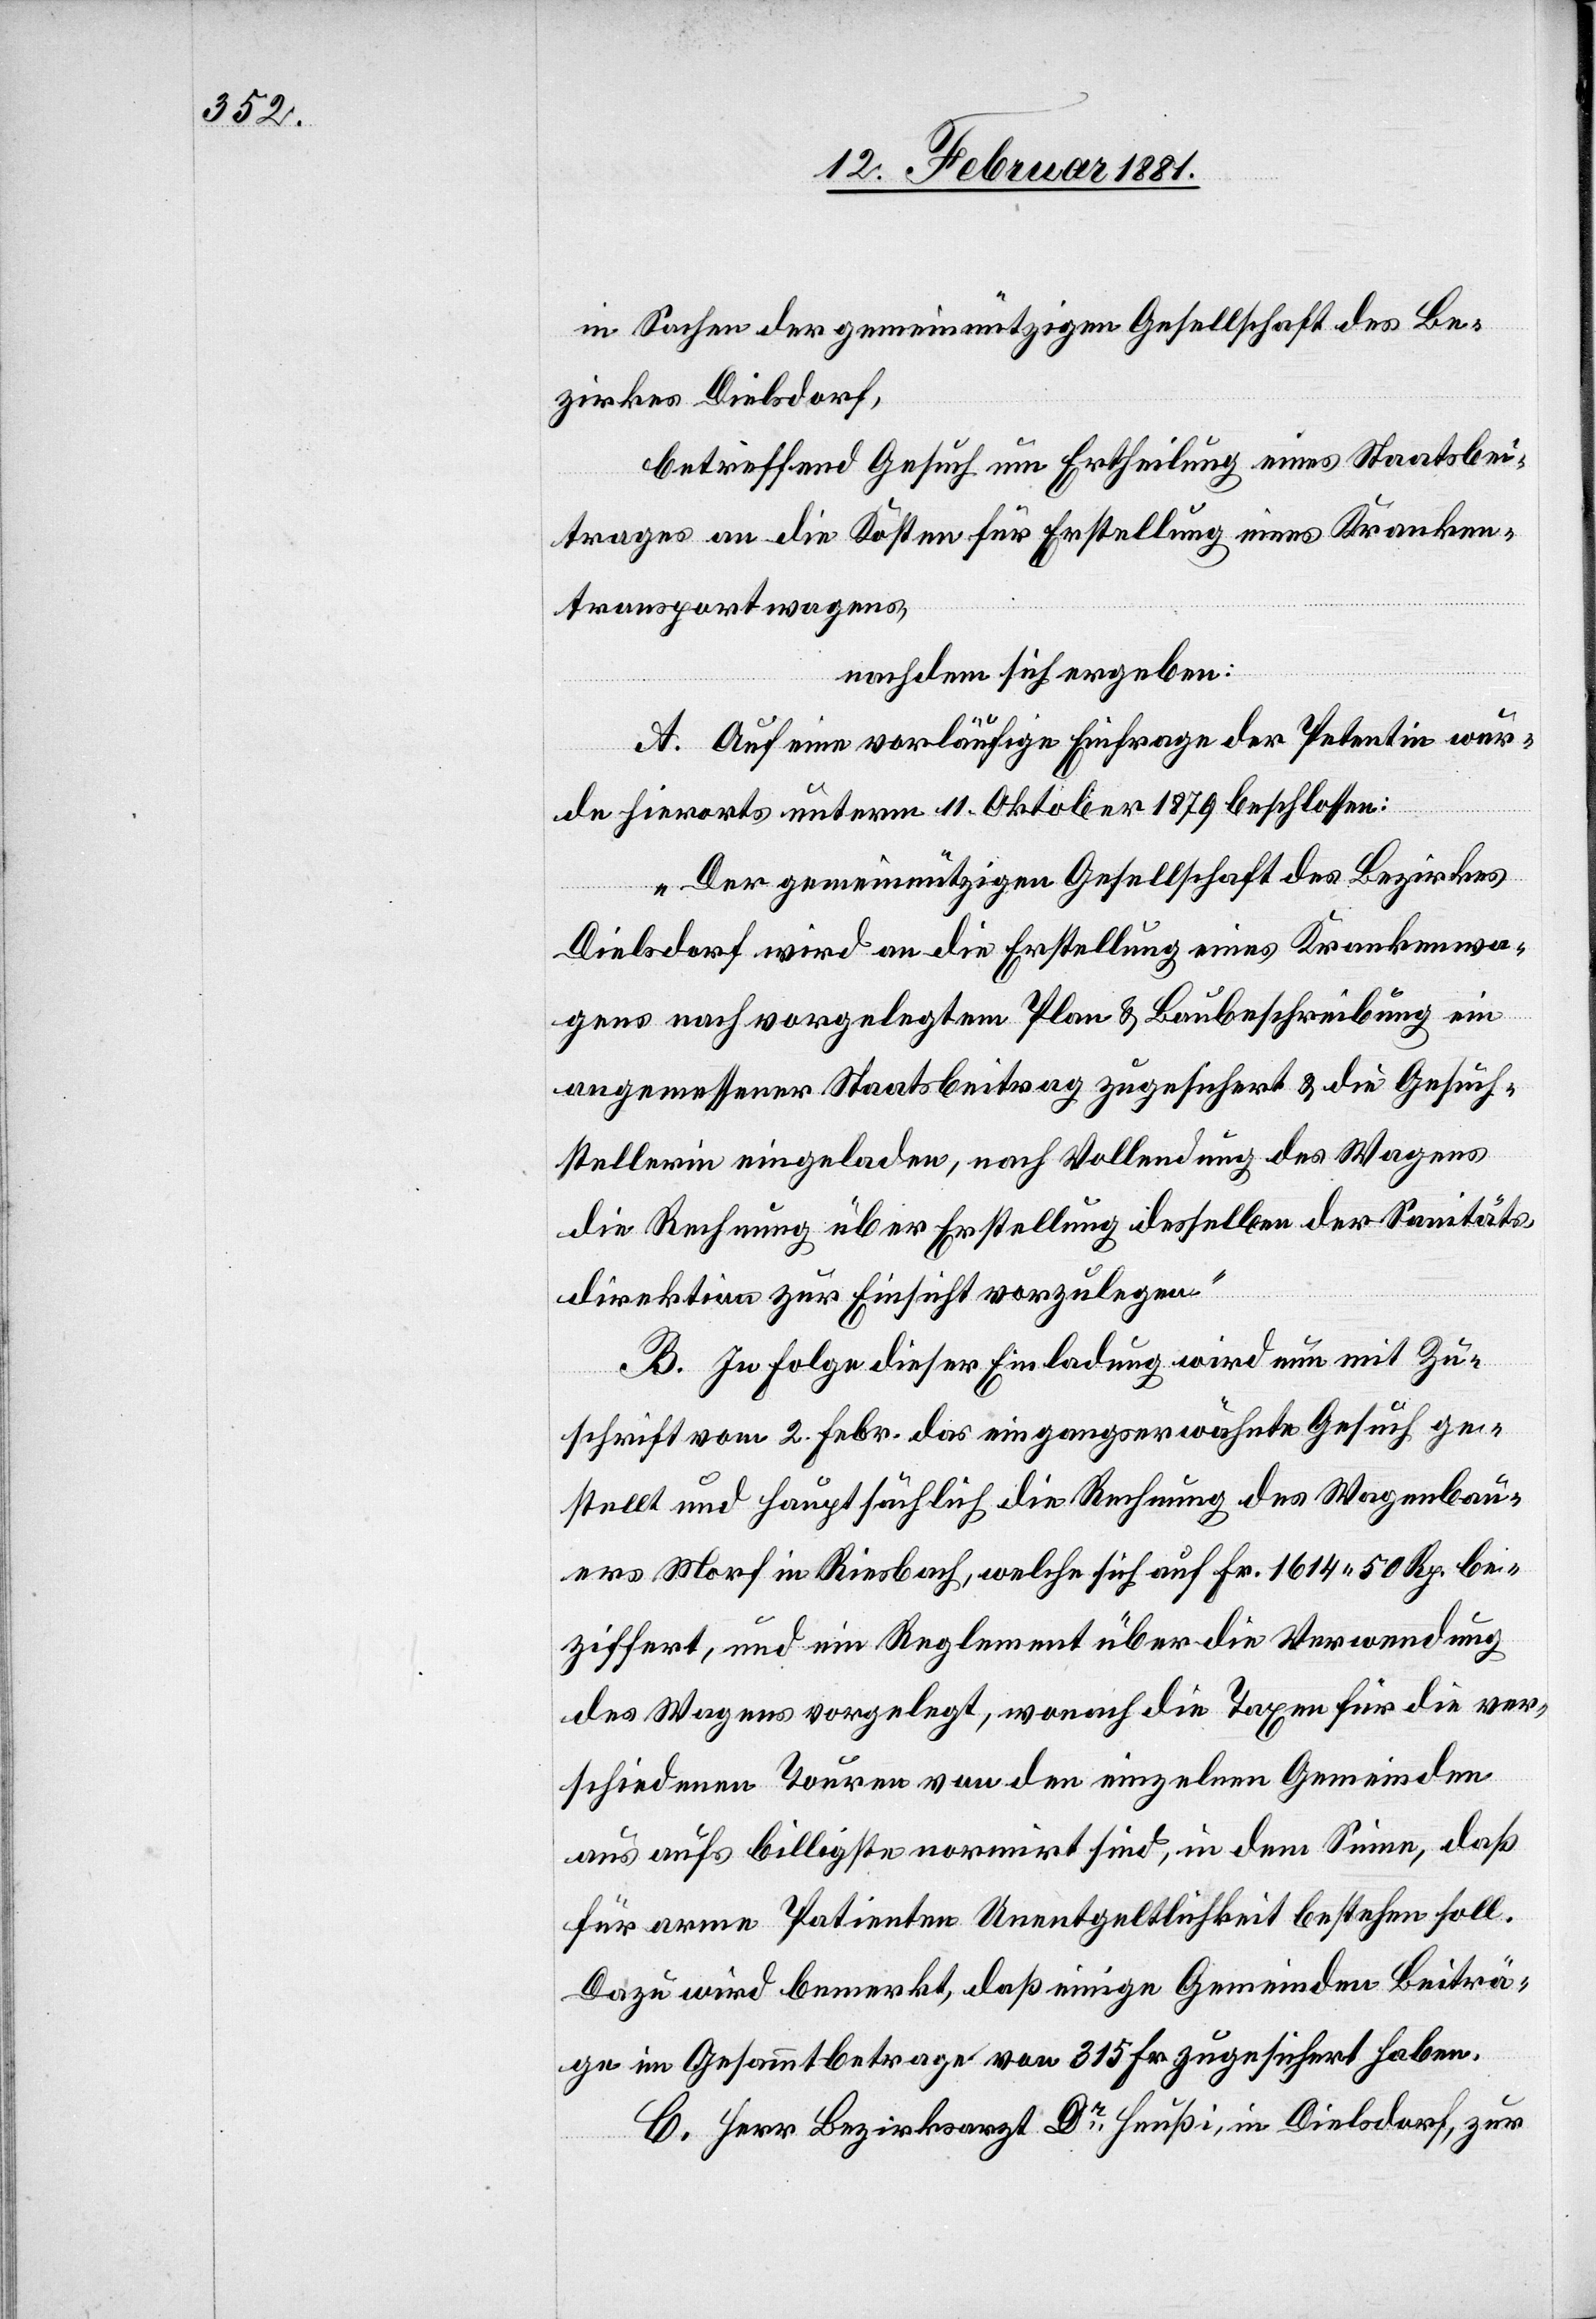
in Sachen der gemeinnützigen Gesellschaft des Be¬
zirkes Dielsdorf,
betreffend Gesuch um Ertheilung eines Staatsbei¬
trages an die Kosten für Erstellung eines Kranken¬
transportwagens,
nachdem sich ergeben:
A. Auf eine vorläufige Einfrage der Petentin wur¬
de hierorts unterm 11. Oktober 1879 beschlossen:
„Der gemeinnützigen Gesellschaft des Bezirkes
Dielsdorf wird an die Erstellung eines Krankenwa¬
gens nach vorgelegtem Plan & Baubeschreibung ein
angemessener Staatsbeitrag zugesichert & Gesuch¬
stellerin eingeladen, nach Vollendung des Wagens
die Rechnung über Erstellung desselben der Sanitäts¬
direktion zur Einsicht vorzulegen.“
B. In Folge dieser Einladung wird nun mit Zu¬
schrift vom 2. Febr. das eingangserwähnte Gesuch ge¬
stellt und hauptsächlich die Rechnung des Wagenbau¬
ers Morf in Riesbach, welche sich auf Fr. 1614 50 Rp. be¬
ziffert, und ein Reglement über die Verwendung
des Wagens vorgelegt, wonach die Taxen für die ver¬
schiedenen Touren von den einzelnen Gemeinden
aus aufs billigste normirt sind, in dem Sinne, daß
für arme Patienten Unentgeltlichkeit bestehen soll.
Dazu wird bemerkt, daß einige Gemeinden Beiträ¬
ge im Gesammtbetrage von 315 Fr. zugesichert haben.
C. Herr Bezirksarzt Dr Heußi, in Dielsdorf, zur